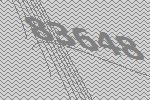
83648